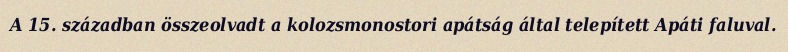
A 15. században összeolvadt a kolozsmonostori apátság által telepített Apáti faluval.